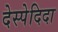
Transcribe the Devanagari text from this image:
देस्पेदिदा